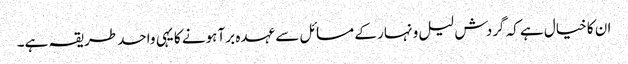
ان کا خیال ہے کہ گردش لیل و نہار کے مسائل سے عہدہ برآ ہونے کا یہی واحد طریقہ ہے۔